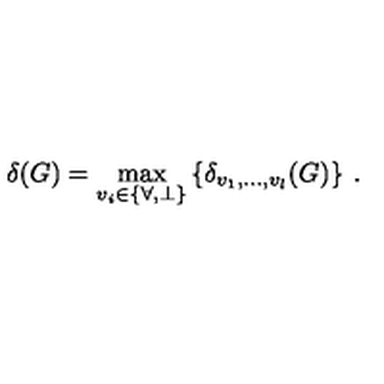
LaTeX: \delta ( G ) = \max _ { v _ { i } \in \{ \forall , \perp \} } \left\{ \delta _ { v _ { 1 } , \ldots , v _ { l } } ( G ) \right\} \: .